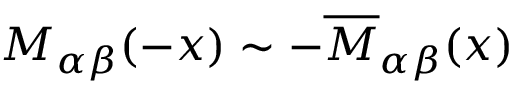
{ \cal M } _ { \alpha \beta } ( - x ) \sim - { \cal \overline { { M } } } _ { \alpha \beta } ( x )